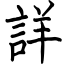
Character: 詳